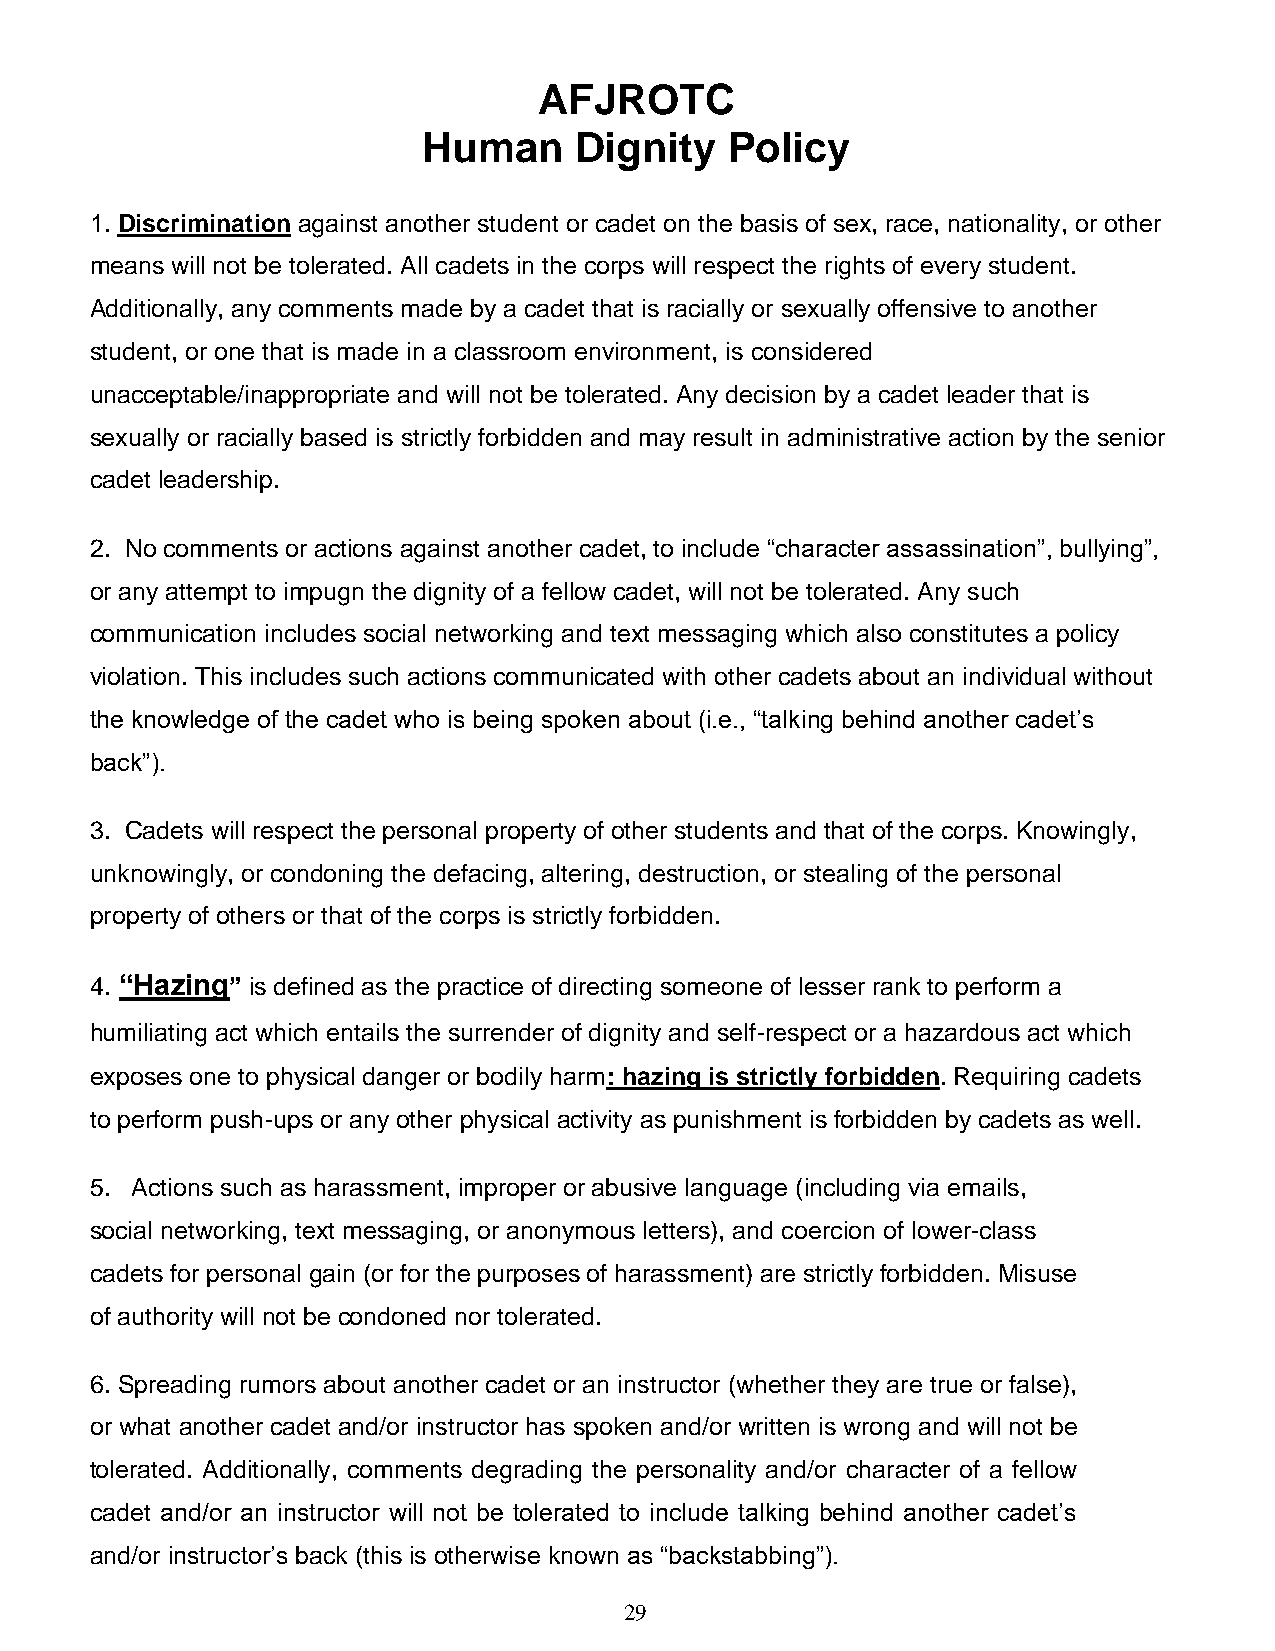
AFJROTC
 Human     Dignity   Policy
 1. Discrimination against another student or cadet on the basis of sex, race, nationality, or other
 means will not be tolerated. All cadets in the corps will respect the rights of every student.
 Additionally, any comments made by a cadet that is racially or sexually offensive to another
 student, or one that is made in a classroom environment, is considered
 unacceptable/inappropriate and will not be tolerated. Any decision by a cadet leader that is
 sexually or racially based is strictly forbidden and may result in administrative action by the senior
 cadet leadership.
 2. No comments or actions against another cadet, to include “character assassination”, bullying”,
 or any attempt to impugn the dignity of a fellow cadet, will not be tolerated. Any such
 communication includes social networking and text messaging which also constitutes a policy
 violation. This includes such actions communicated with other cadets about an individual without
 the knowledge of the cadet who is being spoken about (i.e., “talking behind another cadet’s
 back”).
 3. Cadets will respect the personal property of other students and that of the corps. Knowingly,
 unknowingly, or condoning the defacing, altering, destruction, or stealing of the personal
 property of others or that of the corps is strictly forbidden.
 4. “Hazing” is defined as the practice of directing someone of lesser rank to perform a
 humiliating act which entails the surrender of dignity and self-respect or a hazardous act which
 exposes one to physical danger or bodily harm: hazing is strictly forbidden. Requiring cadets
 to perform push-ups or any other physical activity as punishment is forbidden by cadets as well.
 5. Actions such as harassment, improper or abusive language (including via emails,
 social networking, text messaging, or anonymous letters), and coercion of lower-class
 cadets for personal gain (or for the purposes of harassment) are strictly forbidden. Misuse
 of authority will not be condoned nor tolerated.
 6. Spreading rumors about another cadet or an instructor (whether they are true or false),
 or what another cadet and/or instructor has spoken and/or written is wrong and will not be
 tolerated. Additionally, comments degrading the personality and/or character of a fellow
 cadet and/or an instructor will not be tolerated to include talking behind another cadet’s
 and/or instructor’s back (this is otherwise known as “backstabbing”).
 29